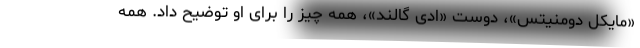
«مایکل دومنیتس»، دوست «ادی گالند»، همه چیز را برای او توضیح داد. همه